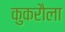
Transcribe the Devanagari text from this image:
कुकरौला